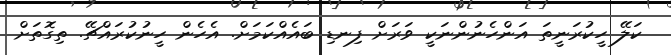
ކަލޭ ހީކުރަނީތަ އަންހެނުންނަކީ ވަރަށް ފިނޑި ބައެއްކަމަށް. އެހެން ހީނުކުރައްޗޭ. ތިގޮތަށް